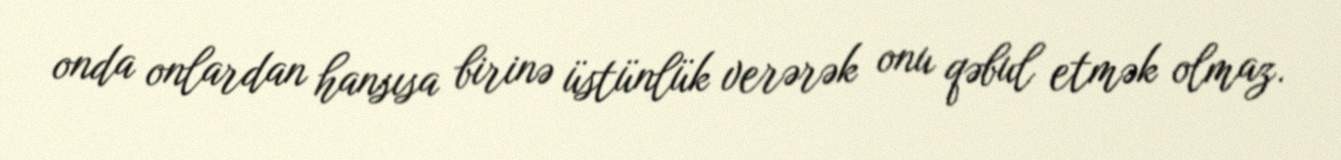
onda onlardan hansısa birinə üstünlük verərək onu qəbul etmək olmaz.